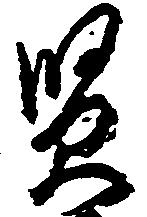
賢